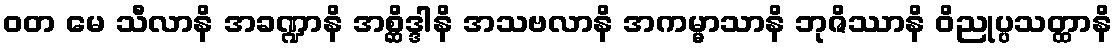
ဝတ မေ သီလာနိ အခဏ္ဍာနိ အစ္ဆိဒ္ဒါနိ အသဗလာနိ အကမ္မာသာနိ ဘုဇိဿာနိ ဝိညုပ္ပသတ္ထာနိ